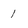
Character: 1